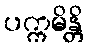
ပက္ကမိန္တိ